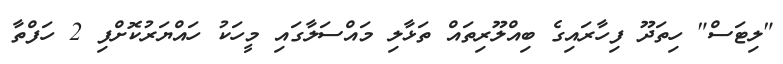
"ލިޓަސް" ހިތަދޫ ފިހާރައިގެ ބިއްލޫރިތައް ތަޅާލި މައްސަލާގައި މީހަކު ހައްޔަރުކޮށްފި 2 ހަފްތާ